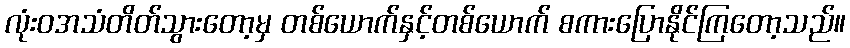
လုံးဝအသံတိတ်သွားတော့မှ တစ်ယောက်နှင့်တစ်ယောက် စကားပြောနိုင်ကြတော့သည်။